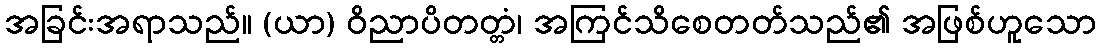
အခြင်းအရာသည်။ (ယာ) ဝိညာပိတတ္တံ၊ အကြင်သိစေတတ်သည်၏ အဖြစ်ဟူသော